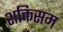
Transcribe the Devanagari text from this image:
शक्तिसम